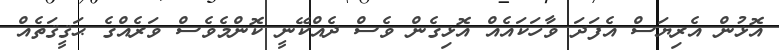
އޮޅުން އެރިޔަސް އެފަދަ ވާހަކައެއް އޮޅިގެން ވެސް ދެއްކޭނީ ކޮންމެވެސް ވަރެއްގެ ޙަޤީޤަތެއް